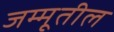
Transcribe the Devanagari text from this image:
जम्मूतील